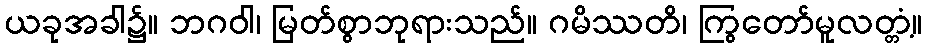
ယခုအခါ၌။ ဘဂဝါ၊ မြတ်စွာဘုရားသည်။ ဂမိဿတိ၊ ကြွတော်မူလတ္တံ့။